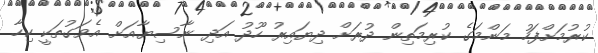
ކުރުމަށްފަހު މަންމަގެ ކުރިމަތިން ދުރަށް ދިޔައިރު ހޫދު އަދި ނާސިޔާއަށް އެވަގުތަކީ ކިހާ